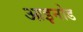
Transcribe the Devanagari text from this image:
आइनोड